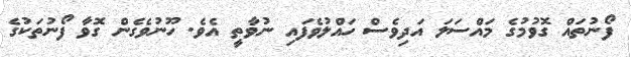
ފޯނުތައް ގޮވުމުގެ މައްސަލަ އަދިވެސް ހައްލުވެފައި ނުވާތީ އެވެ. ހޫނުވެގެން ގޮވާ ފޯނުތަކުގެ